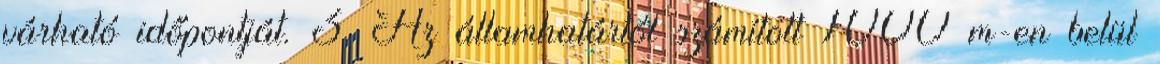
várható időpontját. 3 Az államhatártól számított 1000 m-en belül